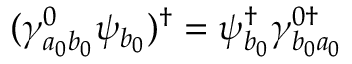
( \gamma _ { a _ { 0 } b _ { 0 } } ^ { 0 } \psi _ { b _ { 0 } } ) ^ { \dagger } = \psi _ { b _ { 0 } } ^ { \dagger } \gamma _ { b _ { 0 } a _ { 0 } } ^ { 0 \dagger }